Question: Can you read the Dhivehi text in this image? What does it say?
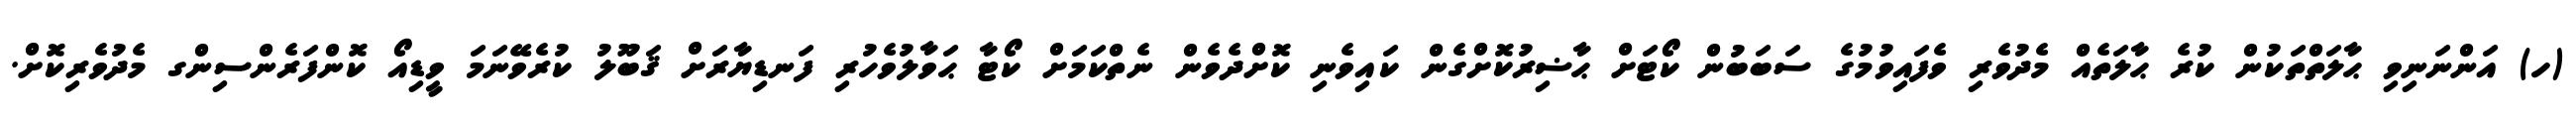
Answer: (ހ) އަންނަނިވި ޙާލަތްތަކުން ކުރެ ޙާލަތެއް މެދުވެރި ވެފައިވުމުގެ ސަބަބުން ކޯޓަށް ޙާޟިރުކޮށްގެން ކައިވެނި ކޮށްދެވެން ނެތްކަމަށް ކޯޓާ ޙަވާލުވެހުރި ފަނޑިޔާރަށް ޤަބޫލު ކުރެވޭނަމަ ވީޑިއޯ ކޮންފަރެންސިންގ މެދުވެރިކޮށް.